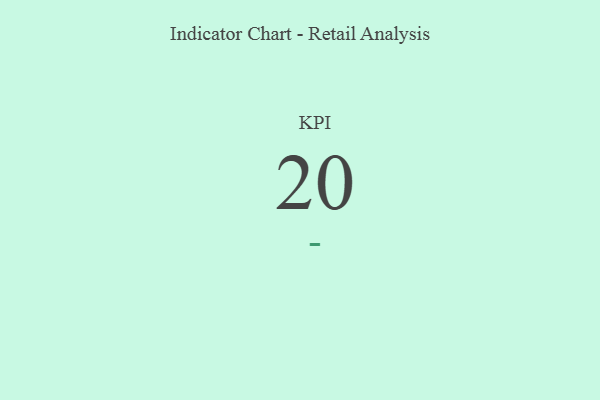
{"axis": {"x": "KPI", "y": "Value"}, "legend": [""], "data": [{"x": "KPI", "y": 20, "type": ""}]}